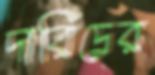
দারিদ্রের